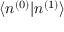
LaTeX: \langle n ^ { ( 0 ) } | n ^ { ( 1 ) } \rangle